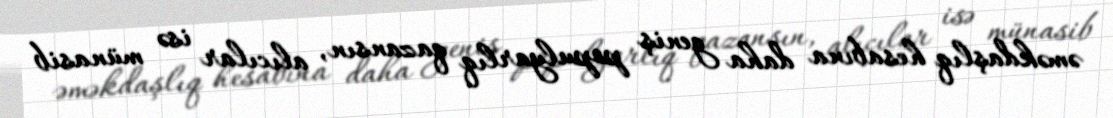
əməkdaşlıq hesabına daha geniş populyarlıq qazansın, alıcılar isə münasib